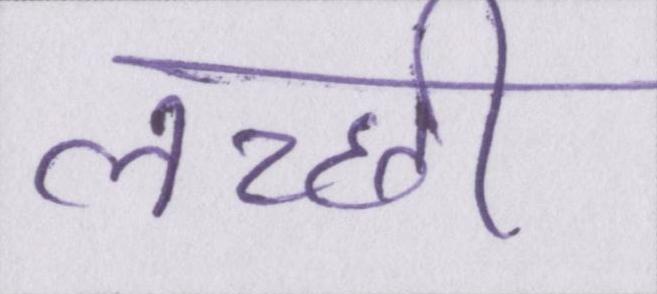
लच्छी